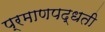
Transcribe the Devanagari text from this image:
प्रमाणपद्धती